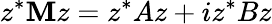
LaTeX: z^{*}\mathbf{M}z=z^{*}Az+iz^{*}Bz